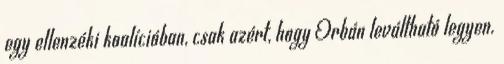
egy ellenzéki koalícióban, csak azért, hogy Orbán leváltható legyen.